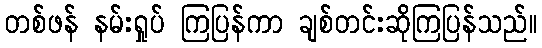
တစ်ဖန် နမ်းရှုပ် ကြပြန်ကာ ချစ်တင်းဆိုကြပြန်သည်။